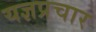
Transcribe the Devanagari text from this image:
यज्ञप्रचार